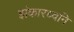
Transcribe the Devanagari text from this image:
झंकारध्वनि